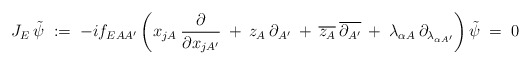
\begin{align*}J_E \: \tilde{\psi} \;:=\; -i f_{EAA^\prime} \left( x_{jA} \:\frac{\partial}{\partial x_{jA^\prime}} \:+\: z_A \:\partial_{A^\prime} \:+\: \overline{z_A} \: \overline{\partial_{A^\prime}} \:+\: \lambda_{\alpha A}\: \partial_{\lambda_{\alpha A^\prime}} \right) \tilde{\psi} \;=\; 0\end{align*}